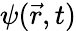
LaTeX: \psi(\vec{r},t)